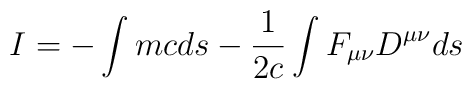
I=-\int{mc ds} -{1\over 2c} \int{F_{\mu\nu}D^{\mu\nu} ds}